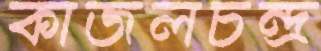
কাজলচন্দ্র